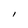
Character: I